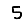
Digit: 5